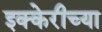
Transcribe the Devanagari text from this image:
इक्केरीच्या